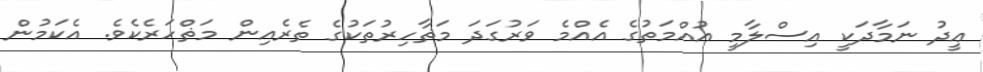
ޢީދު ނަމާދަކީ އިސްލާމީ އުއްމަތުގެ އެއްމެ ވަރުގަދަ މަޡާހިރުތަކުގެ ތެރެއިން މަޡްހަރެކެވެ. އެކަމުން